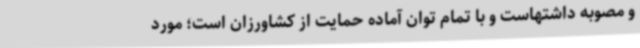
و مصوبه داشتهاست و با تمام توان آماده حمایت از کشاورزان است؛ مورد